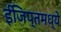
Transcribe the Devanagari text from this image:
ईजिप्तमध्ये